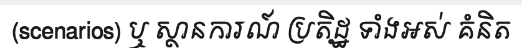
(scenarios) ឬ ស្ថានការណ៍ ប្រតិដ្ឋ ទាំងអស់ គំនិត